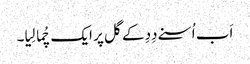
اَب اُسنے دِدِ کے گل پر ایک چُما لِیا۔